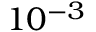
1 0 ^ { - 3 }